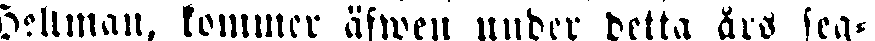
Heltman, kommer äfwen under detta års seg-